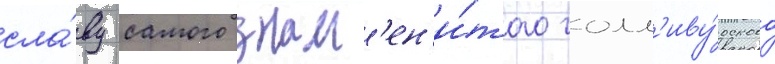
сла́ву самого знам'ен'и́того голл'иву́дского